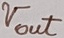
Text: Vout